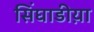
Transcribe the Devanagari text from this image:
सिंघाडीय़ा